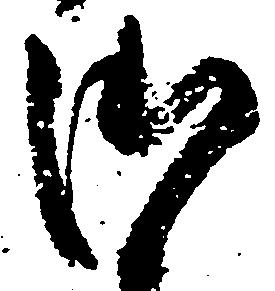
御